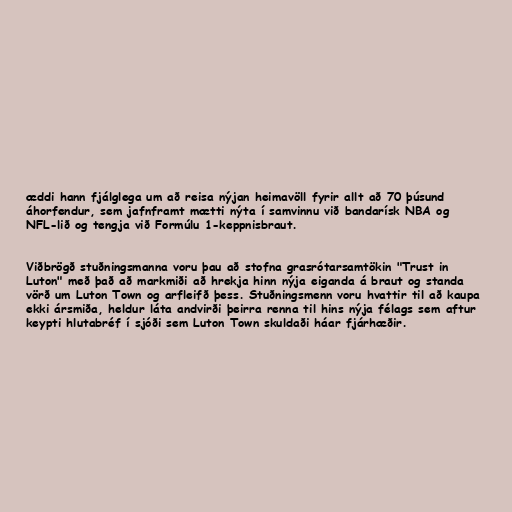
æddi hann fjálglega um að reisa nýjan heimavöll fyrir allt að 70 þúsund
áhorfendur, sem jafnframt mætti nýta í samvinnu við bandarísk NBA og
NFL-lið og tengja við Formúlu 1-keppnisbraut.

Viðbrögð stuðningsmanna voru þau að stofna grasrótarsamtökin "Trust in
Luton" með það að markmiði að hrekja hinn nýja eiganda á braut og standa
vörð um Luton Town og arfleifð þess. Stuðningsmenn voru hvattir til að kaupa
ekki ársmiða, heldur láta andvirði þeirra renna til hins nýja félags sem aftur
keypti hlutabréf í sjóði sem Luton Town skuldaði háar fjárhæðir.